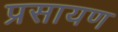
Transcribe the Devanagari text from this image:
प्रसायण